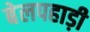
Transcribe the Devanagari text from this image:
बेलपहाड़ी